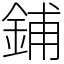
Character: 鋪